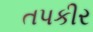
તપકીર